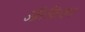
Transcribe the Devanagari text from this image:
ऑरफ़ियम